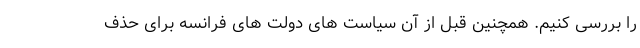
را بررسی کنیم. همچنین قبل از آن سیاست های دولت های فرانسه برای حذف